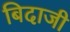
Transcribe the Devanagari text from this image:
बिदाजी